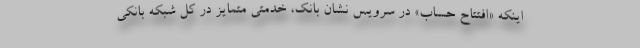
اینکه «افتتاح حساب» در سرویس نشان بانک، خدمتی متمایز در کل شبکه بانکی